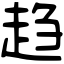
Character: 趋